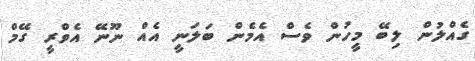
ގެއްލުން ލިބޭ މީހުން ވެސް އެމެން ބަލަނީ އެއް ނޫނޭ އެވްރީ ގޭމް